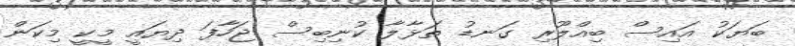
ބަޔަކު އައިސް ބިއްލޫރި ގަނޑު ތަޅާލާ ކުނިބިސް ޖަހާފަ ދިޔައީ މީކީ މިކަން